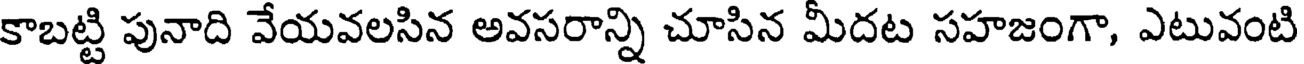
కాబట్టి పునాది వేయవలసిన అవసరాన్ని చూసిన మీదట సహజంగా, ఎటువంటి